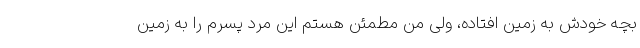
بچه خودش به زمین افتاده، ولی من مطمئن هستم این مرد پسرم را به زمین